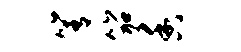
箐笳香